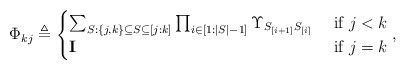
\begin{align*}\Phi_{kj}\triangleq\begin{cases} \sum_{S: \{j,k\}\subseteq S \subseteq [j:k]}\prod_{i\in [1:|S|-1]}\Upsilon_{S_{[i+1]}S_{[i]}} & \mbox{ if } j<k \\\mathbf{I} &\mbox{ if } j=k \end{cases}, \end{align*}